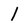
Character: l